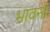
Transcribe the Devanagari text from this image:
भावनो